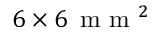
6 \times 6 \, \mathrm { ~ m ~ m ~ } ^ { 2 }